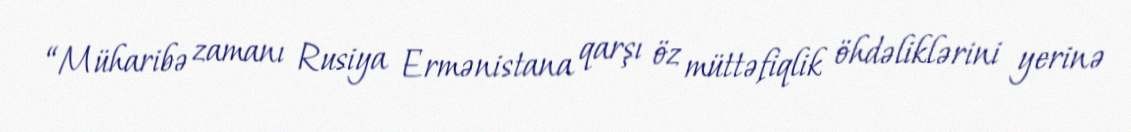
“Müharibə zamanı Rusiya Ermənistana qarşı öz müttəfiqlik öhdəliklərini yerinə